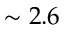
\sim 2 . 6